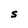
Character: S